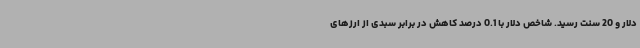
دلار و 20 سنت رسید. شاخص دلار با 0.1 درصد کاهش در برابر سبدی از ارزهای